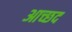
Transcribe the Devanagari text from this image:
आच्छद